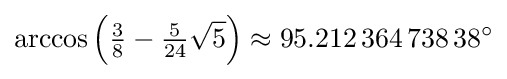
\arccos \left({\tfrac {3}{8}}-{\tfrac {5}{24}}{\sqrt {5}}\right)\approx 95.212\,364\,738\,38^{\circ }